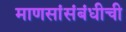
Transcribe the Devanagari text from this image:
माणसांसंबंधीची